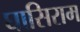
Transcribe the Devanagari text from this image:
घासिराम